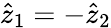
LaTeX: \hat{z}_{1}=-\hat{z}_{2}